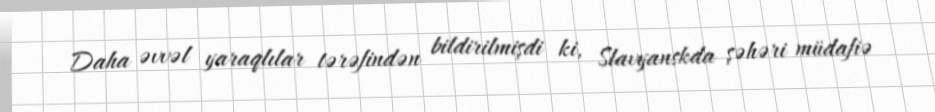
Daha əvvəl yaraqlılar tərəfindən bildirilmişdi ki, Slavyanskda şəhəri müdafiə